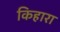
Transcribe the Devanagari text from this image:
किहारा